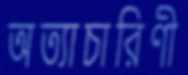
অত্যাচারিণী